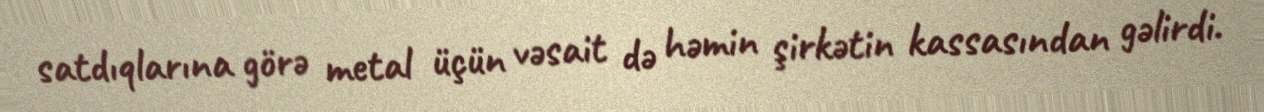
satdıqlarına görə metal üçün vəsait də həmin şirkətin kassasından gəlirdi.